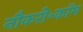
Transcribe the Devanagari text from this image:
नौकरी॰कॉम